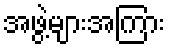
အဖွဲ့များအကြား